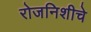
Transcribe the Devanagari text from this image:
रोजनिशीचे